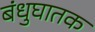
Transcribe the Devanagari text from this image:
बंधुघातक